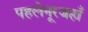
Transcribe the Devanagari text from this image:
पहलेनूरजहाँ